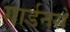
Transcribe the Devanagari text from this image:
गार्डनसे